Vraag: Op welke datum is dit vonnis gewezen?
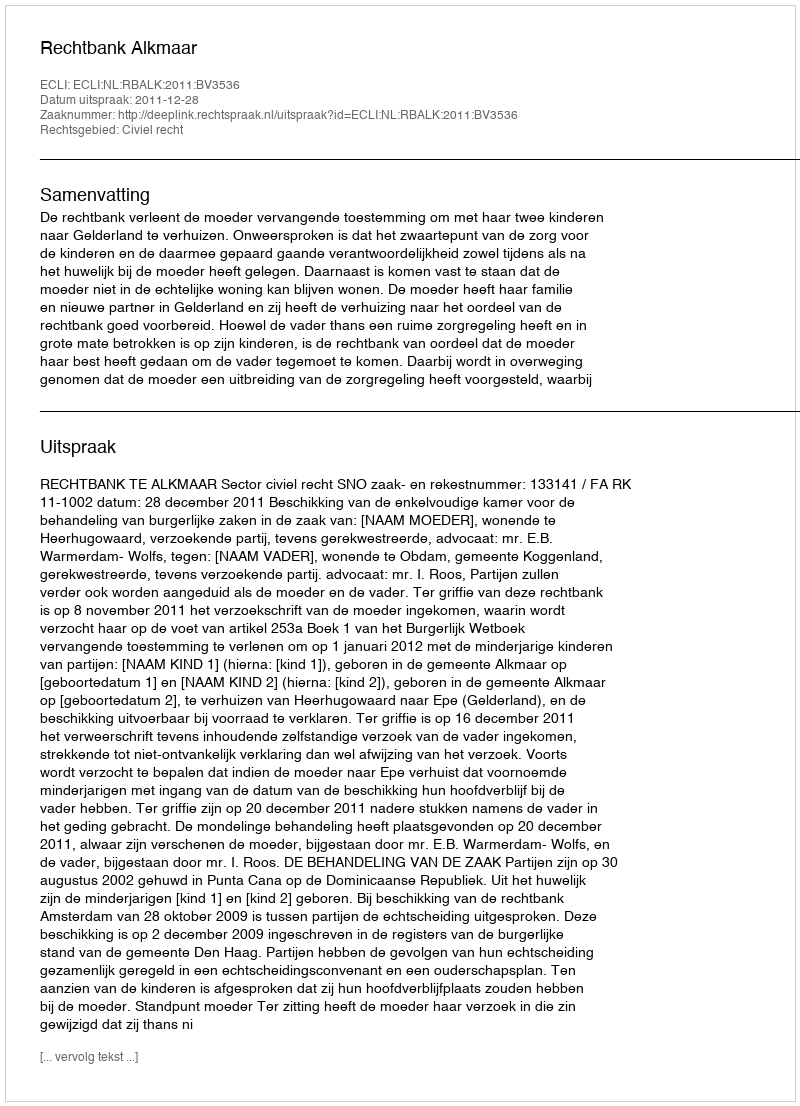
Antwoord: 2011-12-28